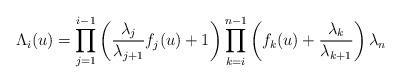
LaTeX: \begin{align*} \Lambda_i (u) = \prod_{j=1} ^{i-1} \left( \frac{\lambda_j}{\lambda_{j+1}} f_j(u) +1 \right) \prod_{k=i} ^{n-1} \left( f_k(u) + \frac{\lambda_k}{\lambda_{k+1}}\right) \lambda_n\end{align*}